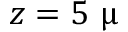
z = 5 ~ \upmu